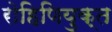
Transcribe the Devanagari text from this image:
रोहिणियुक्त